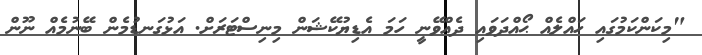
"މިކަންކަމުގައި ހައްލެއް ޙޯއްދަވައި ދެއްވޭނީ ހަމަ އެޑިޔުކޭޝަން މިނިސްޓަރަށް. އަޅުގަނޑުމެން ބޭނުމެއް ނޫން